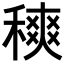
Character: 𥡠